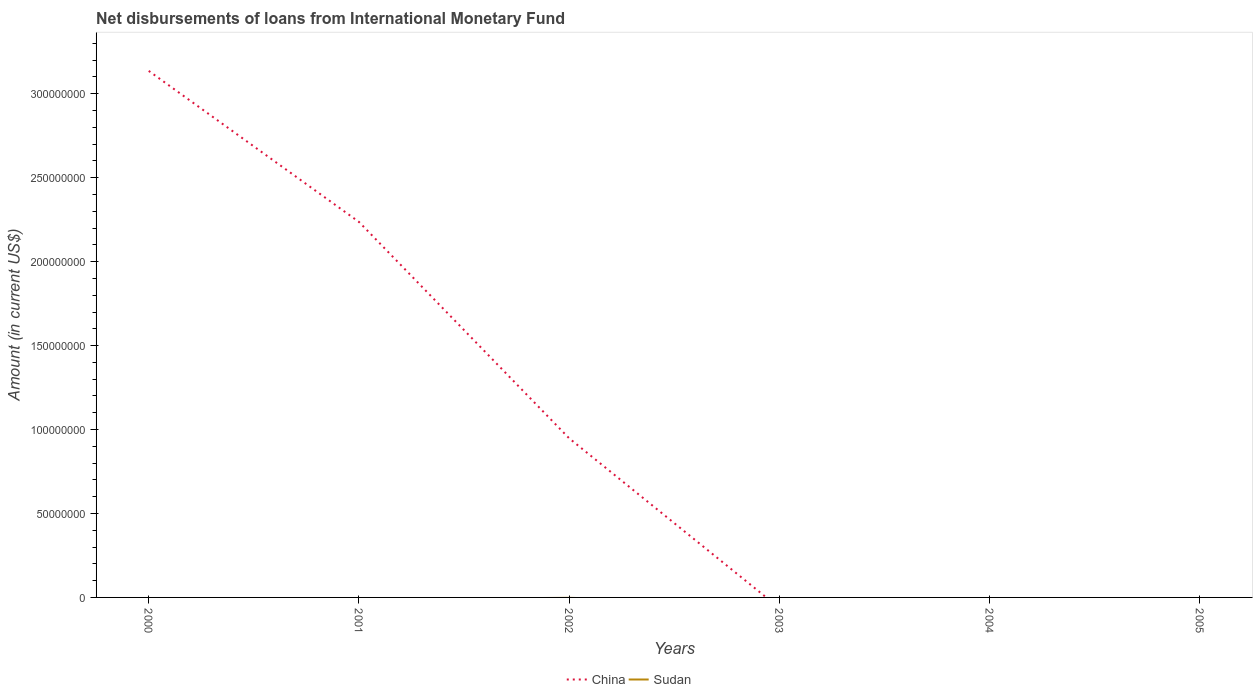
| Years | China | Sudan |
 | --- | --- | --- |
 | 2000 | 3.14e+08 | -2.25e+06 |
 | 2001 | 2.24e+08 | -9.48e+05 |
 | 2002 | 9.47e+07 | -2.59e+05 |
 | 2003 | -6.33e+06 | -2.8e+06 |
 | 2004 | -1.17e+08 | -1.84e+06 |
 | 2005 | -1.47e+08 | -1.33e+06 |